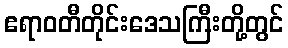
ဧရာဝတီတိုင်းဒေသကြီးတို့တွင်